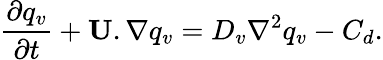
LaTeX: \frac{\partial{{q_{v}}}}{\partial t}+{\mathbf U}.\nabla{{q_{v}}}=D_{v}\nabla^{2}{{q_{v}}}-C_{d}.